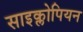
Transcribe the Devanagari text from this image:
साइक्लोपियन